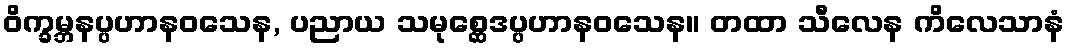
ဝိက္ခမ္ဘနပ္ပဟာနဝသေန, ပညာယ သမုစ္ဆေဒပ္ပဟာနဝသေန။ တထာ သီလေန ကိလေသာနံ